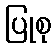
ပြုစု